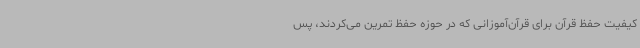
کیفیت حفظ قرآن برای قرآن‌آموزانی که در حوزه حفظ تمرین می‌کردند، پس